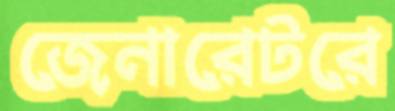
জেনারেটরে